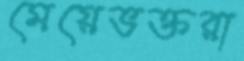
মেয়েভক্তরা